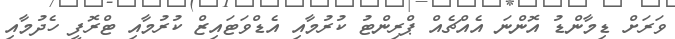
ވަރަށް ޑިމާންޑު އޮންނަ އެއްޗެއް ޕްރިންޓު ކުރުމާއި އެޑްވަޓައިޒް ކުރުމާއި ޓްރޮފީ ހެދުމާއި